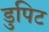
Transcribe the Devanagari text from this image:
डुपिट